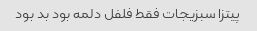
پیتزا سبزیجات فقط فلفل دلمه بود بد بود